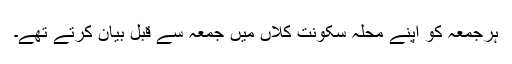
ہرجمعہ کو اپنے محلہ سکونت کلاں میں جمعہ سے قبل بیان کرتے تھے۔